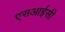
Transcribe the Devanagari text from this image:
एसआईसी